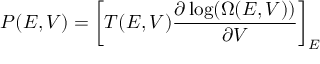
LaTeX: P ( E , V ) = \left[ T ( E , V ) \frac { \partial \log ( \Omega ( E , V ) ) } { \partial V } \right] _ { E }